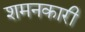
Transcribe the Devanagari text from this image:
शमनकारी